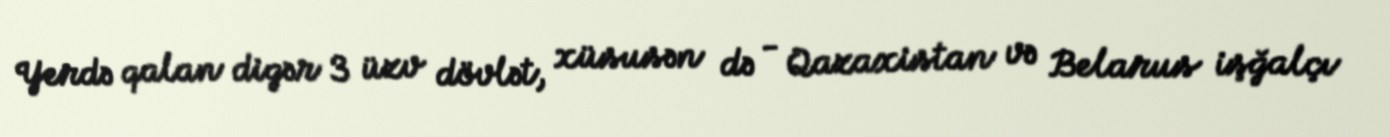
Yerdə qalan digər 3 üzv dövlət, xüsusən də - Qazaxistan və Belarus işğalçı